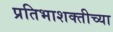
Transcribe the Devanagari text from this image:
प्रतिभाशक्तीच्या